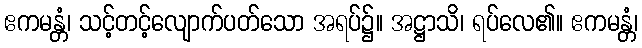
ဧကမန္တံ၊ သင့်တင့်လျောက်ပတ်သော အရပ်၌။ အဋ္ဌာသိ၊ ရပ်လေ၏။ ဧကမန္တံ၊